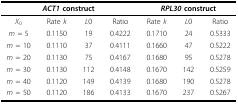
| <COLSPAN=4> ACT1 construct | <COLSPAN=3> RPL30 construct |
 | --- | --- | --- | --- | --- | --- | --- |
 | X0 | Rate k | L0 | Ratio | Rate k | L0 | Ratio |
 | m = 5 | 0.1150 | 19 | 0.4222 | 0.1710 | 24 | 0.5333 |
 | m = 10 | 0.1110 | 37 | 0.4111 | 0.1660 | 47 | 0.5222 |
 | m = 20 | 0.1130 | 75 | 0.4167 | 0.1680 | 95 | 0.5278 |
 | m = 30 | 0.1130 | 112 | 0.4148 | 0.1670 | 142 | 0.5259 |
 | m = 40 | 0.1120 | 149 | 0.4139 | 0.1680 | 190 | 0.5278 |
 | m = 50 | 0.1120 | 186 | 0.4133 | 0.1670 | 237 | 0.5267 |